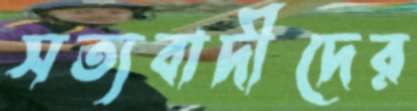
সত্যবাদীদের